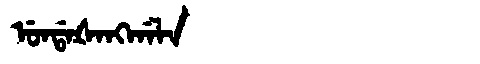
Manchu: ᡠᠨᡩᠠᡧᠠᠩᡤᠠᠯᠠ
Romanization: UNDAŠANGGALA